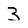
Character: 3